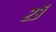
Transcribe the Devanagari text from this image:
२३ॅ